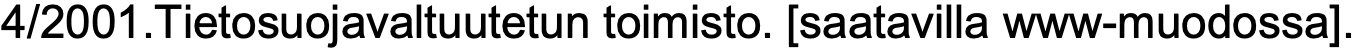
4/2001.Tietosuojavaltuutetun toimisto. [saatavilla www-muodossa].